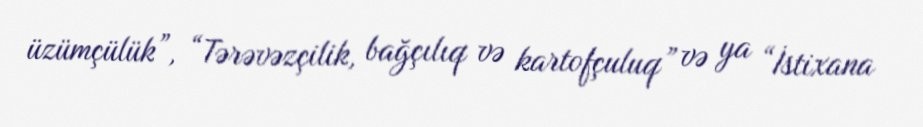
üzümçülük”, “Tərəvəzçilik, bağçılıq və kartofçuluq” və ya “İstixana